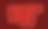
গ